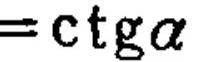
\(=\mathrm{ctg}\alpha\)